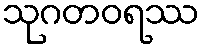
သုဂတဝရဿ